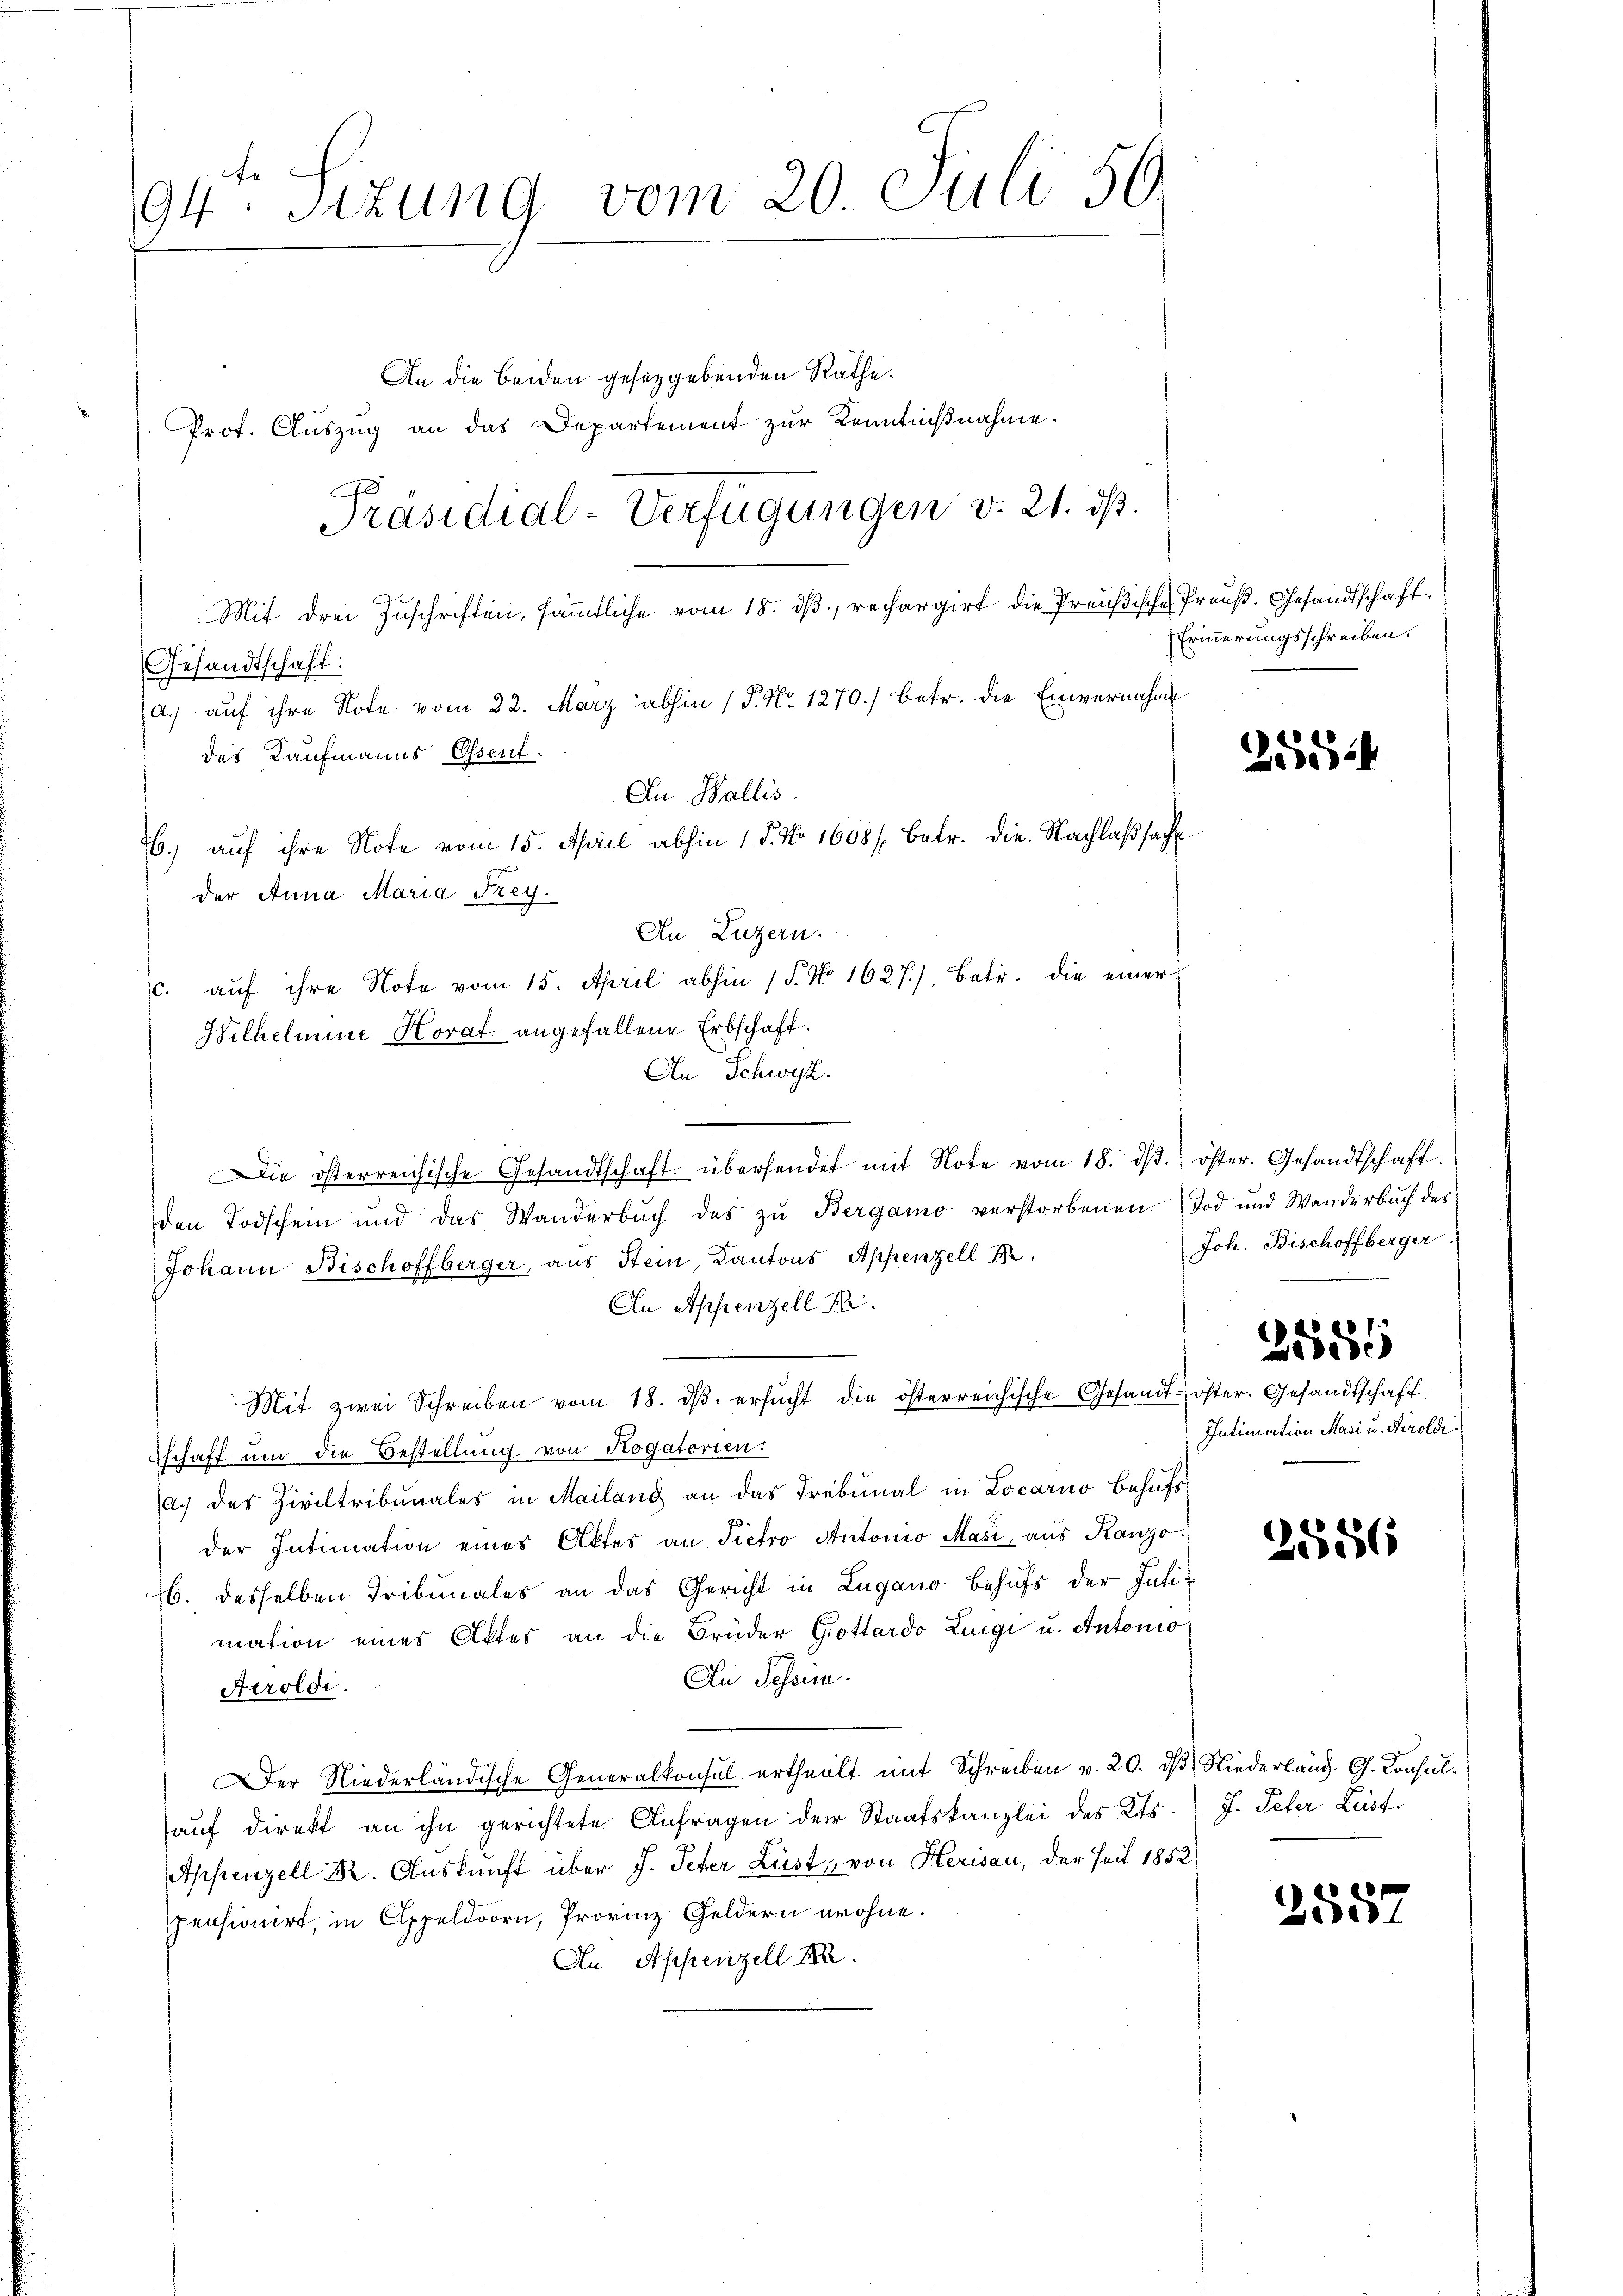
te
94. Sizung vom 20. Juli 59.

8
Präsidial-Verfügungen v. 21. ds.

Gesandtschaft:
An Schwyz.
Die österreichische Gesandtschaft übersendet mit Note vom 18. dβ. öster. Gesandtschaft.
den Todschein und das Wanderbŭch des zŭ Bergamo verstorbenen Tod und Wanderbuch des
Johann Bischoffberger, aus Stein, Kantons Appenzell P.
An Appenzell Ki
Mit zwei Schreiben vom 18. ds. ersucht die österreichische Gesandtschaft um die Bestellung von Rogatorien.
a.) des Ziviltribunales in Mailang an das Tribunal in Locarno behufs
der Intimation eines Aktes an Pietro Antonio Masi, aus Ranzo
b. desselben Tribunales an das Gericht in Lugano behufs der Intimation eines Aktes an die Brüder Gottardo Luigi u. Antonio
An Schein.
Aeroldi
Der Niederländische Generalkonsul ertheilt mit Schreiben v. 20. dβ Niederlang. G. Consulaŭf direkt an ihn gerichtete Anfragen der Staatskanzlei des Kts. J. Peter Last
Appenzell Dr. Auskunft über J. Peter Lust, von Herisau, der seit 1852
pensionirt, in Appeldorn, Provinz Geldern wohne.
An Appenzell 182.

An die Beiden gesetzgebenden Räthe.
Prot. Aŭszŭg an das Departement zŭr Kenntniβnahme.

des Kaufmanns Essent.
6. auf ihre Note vom 15. April abhin 1 S. No 1608 / betr. die Nachlaßsache
der Anna Maria Frey.
An Luzern.
c. auf ihre Note vom 15. April abhin 1. No 1627), Betr. die einer
Wilhelmine Horat angefallene Erbschaft.

Mit drei Zuschriften, sämmtliche vom 18. dβ, rechargirt die Preußische Preuß. Gesandtschaft.
a.) auf ihre Note vom 22. März abhin (P. Nr. 1270) betr. die Einvernahme
An Wallis.

Erinnerungsschreiben.

255

Joh. Bischoffberger

2555

öster. Gesandtschaff
Intimation Masi u. Kiroldi
e

2556

258